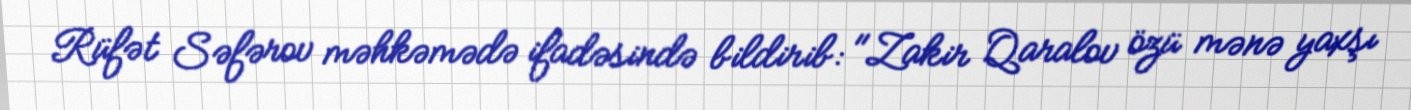
Rüfət Səfərov məhkəmədə ifadəsində bildirib: "Zakir Qaralov özü mənə yaxşı